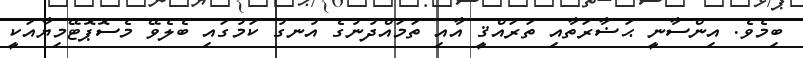
ބިމެވެ. އިންސާނީ ޙަޟާރަތާއި ތަރައްޤީ އާއި ތަމައްދުނުގެ އުނގު ކަމުގައި ބެލެވޭ މެސޮޕޮޓޭމިޔާއަކީ